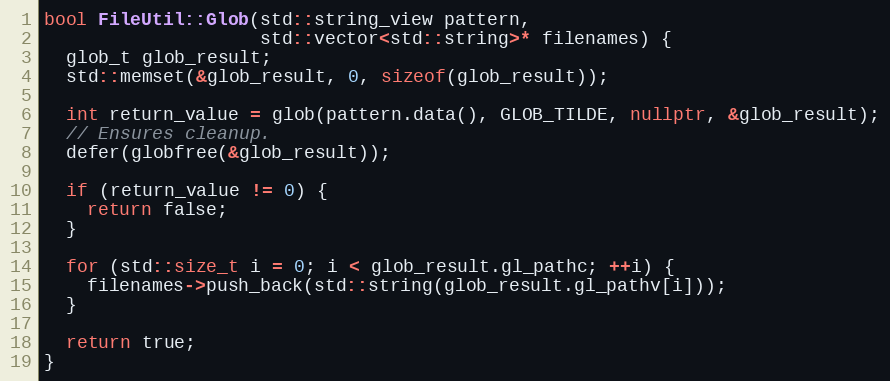
Language: C++
bool FileUtil::Glob(std::string_view pattern,
                    std::vector<std::string>* filenames) {
  glob_t glob_result;
  std::memset(&glob_result, 0, sizeof(glob_result));

  int return_value = glob(pattern.data(), GLOB_TILDE, nullptr, &glob_result);
  // Ensures cleanup.
  defer(globfree(&glob_result));

  if (return_value != 0) {
    return false;
  }

  for (std::size_t i = 0; i < glob_result.gl_pathc; ++i) {
    filenames->push_back(std::string(glob_result.gl_pathv[i]));
  }

  return true;
}